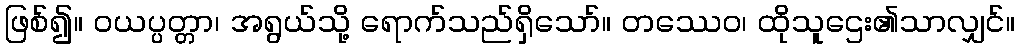
ဖြစ်၍။ ဝယပ္ပတ္တာ၊ အရွယ်သို့ ရောက်သည်ရှိသော်။ တဿေဝ၊ ထိုသူဌေး၏သာလျှင်။